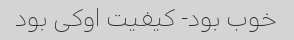
خوب بود- کیفیت اوکی بود